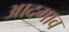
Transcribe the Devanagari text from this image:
आदगाव